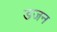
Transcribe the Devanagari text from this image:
डजन